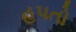
હપતો